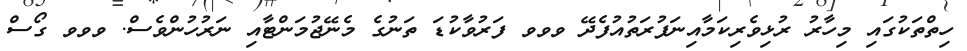
ހިތްތަކުގައި މިހާރު ރުޅިވެރިކަމާއިނަފުރަތުއުފެދޭ ވވވ ފަރުވާކުޑަ ތަނުގެ މެނޭޖުމަންޓާއި ނަރުހުންވެސް. ވވވ ގޯސް